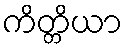
ကိတ္တိယာ